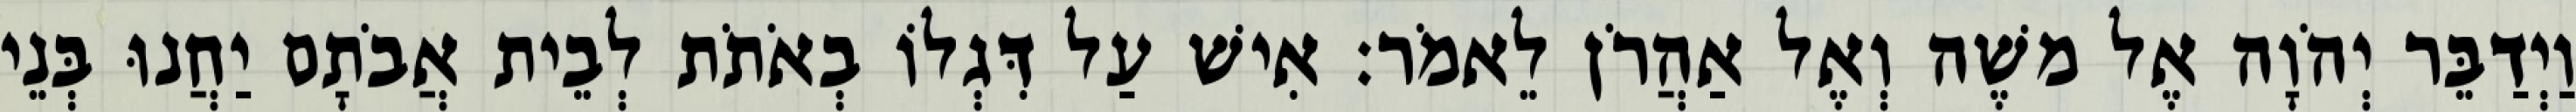
וַיְדַבֵּר יְהֹוָה אֶל משֶׁה וְאֶל אַהֲרֹן לֵאמֹר׃ אִישׁ עַל דִּגְלוֹ בְאֹתֹת לְבֵית אֲבֹתָם יַחֲנוּ בְּנֵי